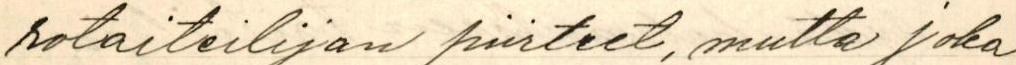
rotaiteilijan piirteet, mutta joka